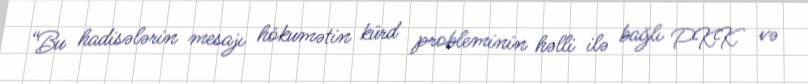
“Bu hadisələrin mesajı hökumətin kürd probleminin həlli ilə bağlı PKK və